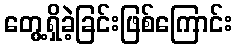
တွေ့ရှိခဲ့ခြင်းဖြစ်ကြောင်း